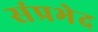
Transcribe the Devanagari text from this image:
संप्रभेद